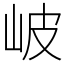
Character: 岥